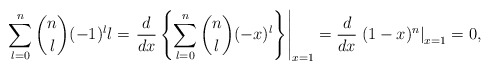
\begin{align*} \sum_{l=0}^n\binom{n}{l}(-1)^ll=\left.\frac{d}{dx}\left\{\sum_{l=0}^n\binom{n}{l}(-x)^l\right\}\right|_{x=1}=\frac{d}{dx}\left.(1-x)^n\right|_{x=1}=0,\end{align*}